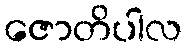
ဇောတိပါလ